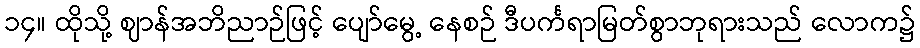
၁၄။ ထိုသို့ ဈာန်အဘိညာဉ်ဖြင့် ပျော်မွေ့ နေစဉ် ဒီပင်္ကရာမြတ်စွာဘုရားသည် လောက၌